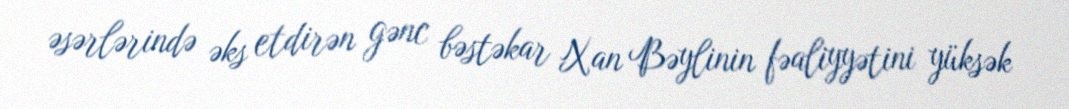
əsərlərində əks etdirən gənc bəstəkar Xan Bəylinin fəaliyyətini yüksək